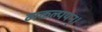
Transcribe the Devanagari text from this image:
व्यकल्पयन्।